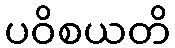
ပဝိစယတိ